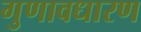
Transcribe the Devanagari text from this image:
गुणावधारण